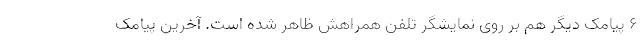
۶ پیامک دیگر هم بر روی نمایشگر تلفن همراهش ظاهر شده است. آخرین پیامک